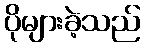
ပိုများခဲ့သည်